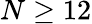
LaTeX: N\ge 12